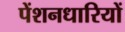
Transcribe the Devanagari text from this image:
पेंशनधारियों